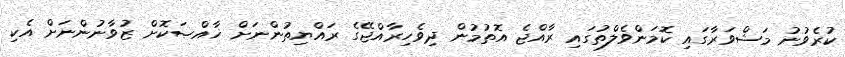
ކުރެވުނު މަޝްވަރާގައި ކޮމަންވެލްތުގައި ރާއްޖެ އޮތުމުން ދިވެހިރާއްޖޭގެ ރައްޔިތުންނަށް ޚާއްޞަކޮށް ޒުވާނުންނަށް އެކި